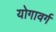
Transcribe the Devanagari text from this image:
योगावर्ग